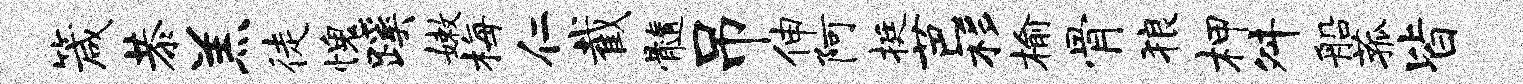
箴恭羔徒愧蹊嫩梅仁截髓吊伸阿挺芭移榆骨狼柙舛船菰皆